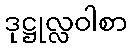
ဒုဋ္ဌုလ္လဝါစာ